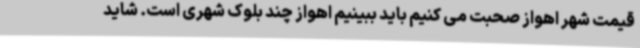
قیمت شهر اهواز صحبت می کنیم باید ببینیم اهواز چند بلوک شهری است. شاید